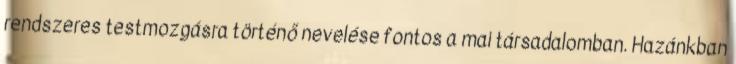
rendszeres testmozgásra történő nevelése fontos a mai társadalomban. Hazánkban